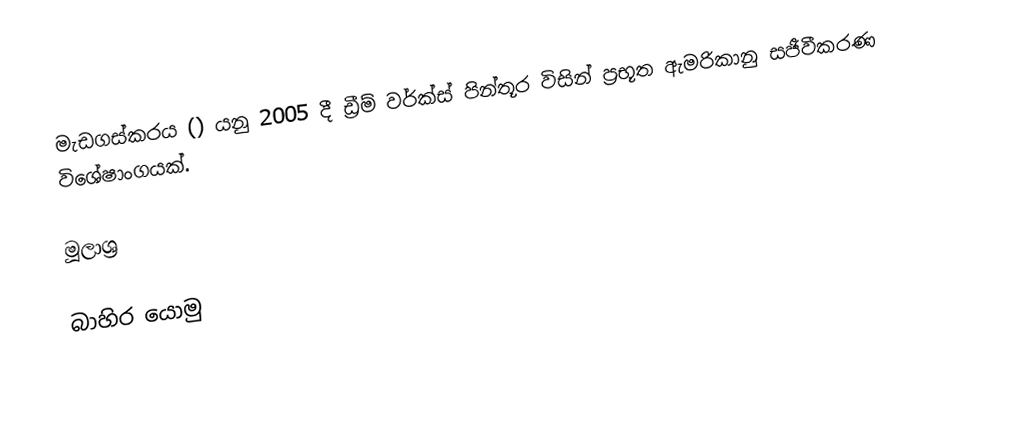
මැඩගස්කරය () යනු 2005 දී ඩ්‍රීම් වර්ක්ස් පින්තූර විසින් ප්‍රභූත ඇමරිකානු සජීවීකරණ විශේෂාංගයක්.

මූලාශ්‍ර

බාහිර යොමු